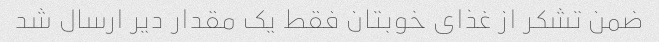
ضمن تشکر از غذای خوبتان فقط یک مقدار دیر ارسال شد